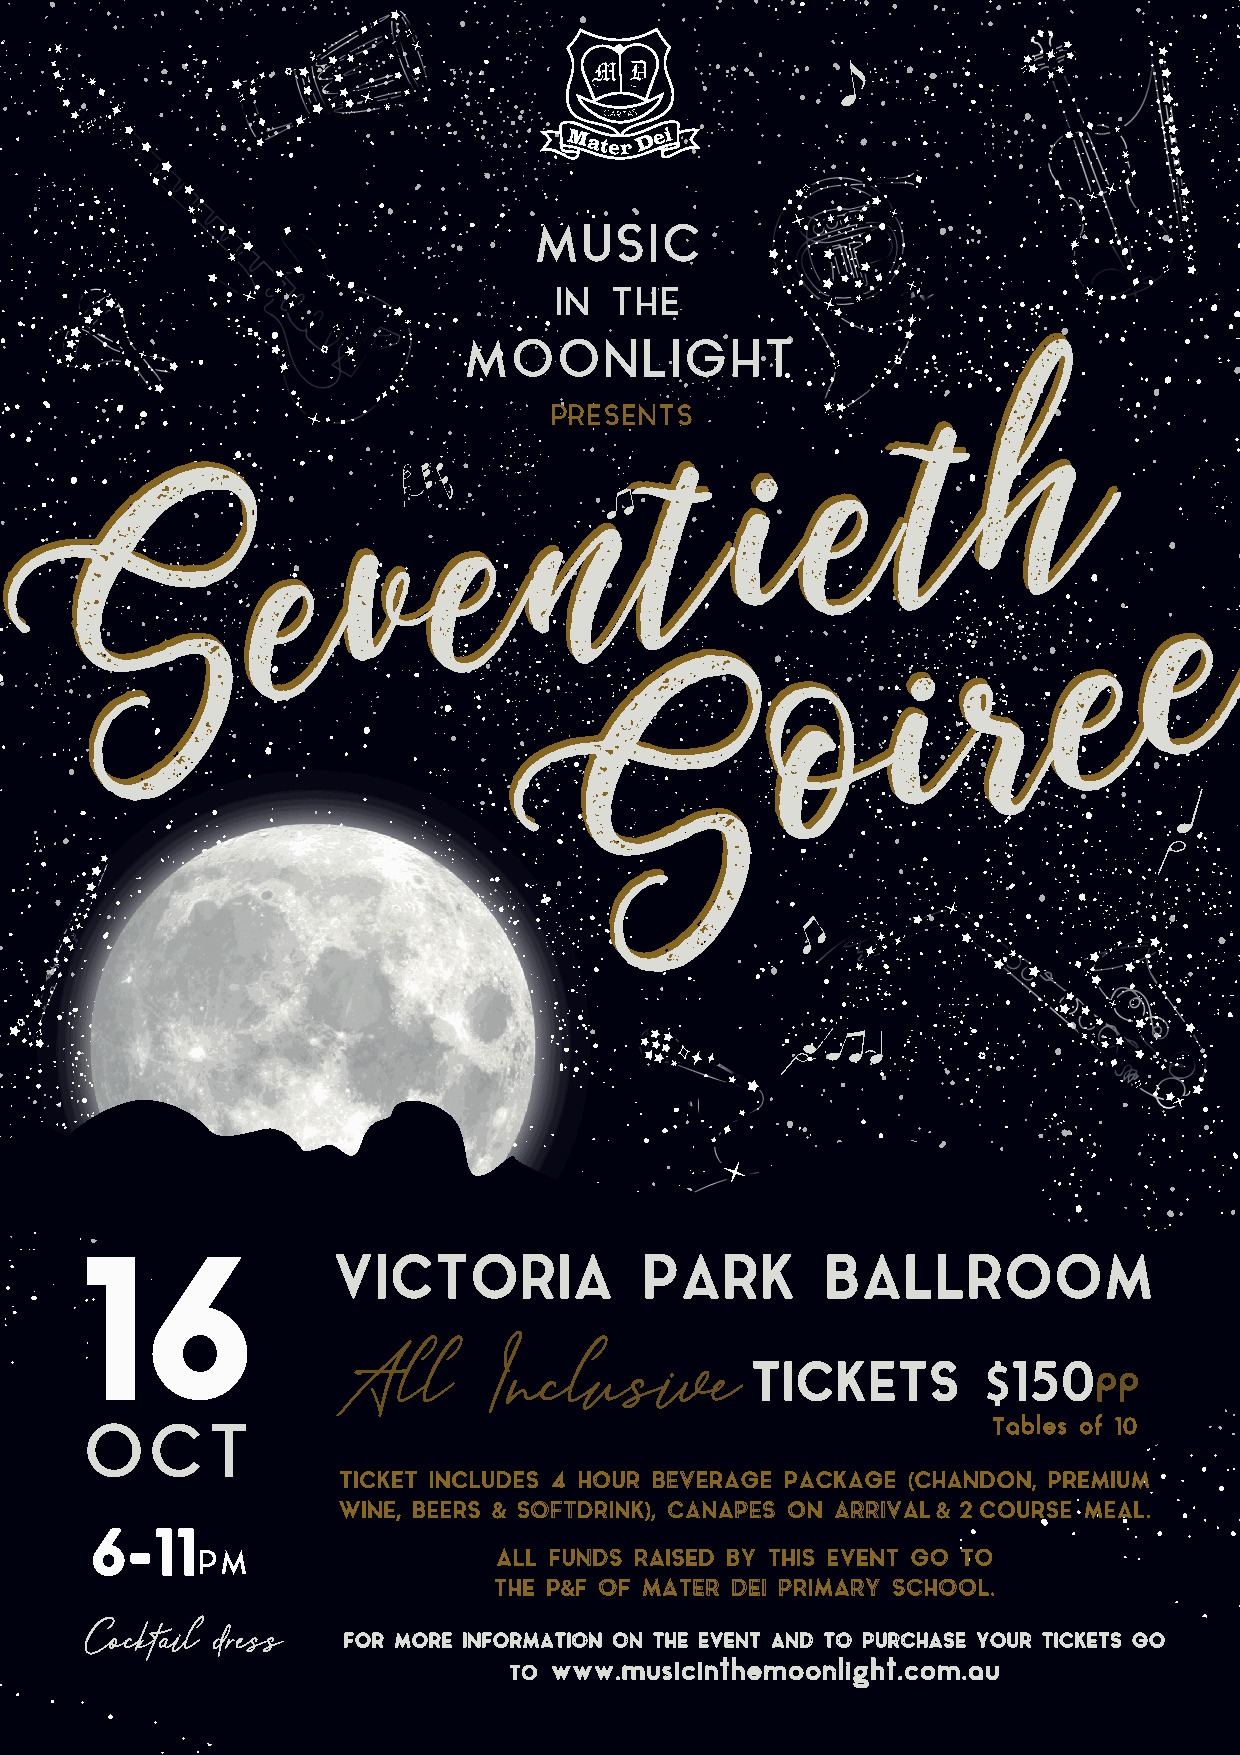
MUSIC
 IN THE
 MOONLIGHT
 PRESENTS
 TICKETS  $150   PP.  VISIT   TRYBOOKING
 16               VICTORIA            PARK         BALLROOM
 All       Inclusive         TICKETS        $150pp
 OCT                                                          Tables of 10
 TICKET INCLUDES 4 HOUR BEVERAGE PACKAGE (CHANDON, PREMIUM
 WINE, BEERS & SOFTDRINK), CANAPES ON ARRIVAL & 2COURSE MEAL.
 6-11
 PM                  ALL FUNDS RAISED BY THIS EVENT GO TO
 THE P&F OF MATER DEI PRIMARY SCHOOL.
 FOR MORE INFORMATION ON THE EVENT AND TO PURCHASE YOUR TICKETS GO
 TO www.musicinthemoonlight.com.au